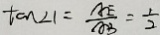
\tan \angle 1 = \frac { A E } { A B } = \frac { 1 } { 2 }